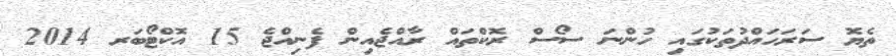
ތެޔޮ ސަރަހައްދުތަކުގައި ހުންނަ ސޯސް ރޮކްތައް ރާއްޖެއިން ފެނިއްޖެ 15 އޮކްޓޯބަރ 2014